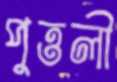
পুত্তলী